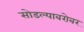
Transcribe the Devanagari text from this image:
सोडल्याबरोबर